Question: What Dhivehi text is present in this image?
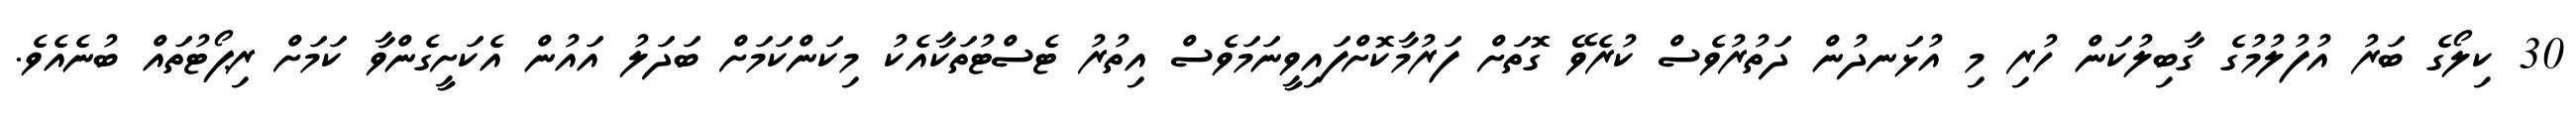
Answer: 30 ކިލޯގެ ބަރު އުފުލުމުގެ ގާބިލުކަން ހުރި މި އުޅަނދުން ދަތުރުވެސް ކުރެވޭ ގޮތަށް ފަރުމާކޮށްފައިވީނަމަވެސް އިތުރު ޓެސްޓުތަކާއެކު މިކަންކަމަށް ބަދަލު އައުން އެކަށީގެންވާ ކަމަށް ރިޕޯޓުތައް ބުނެއެވެ.